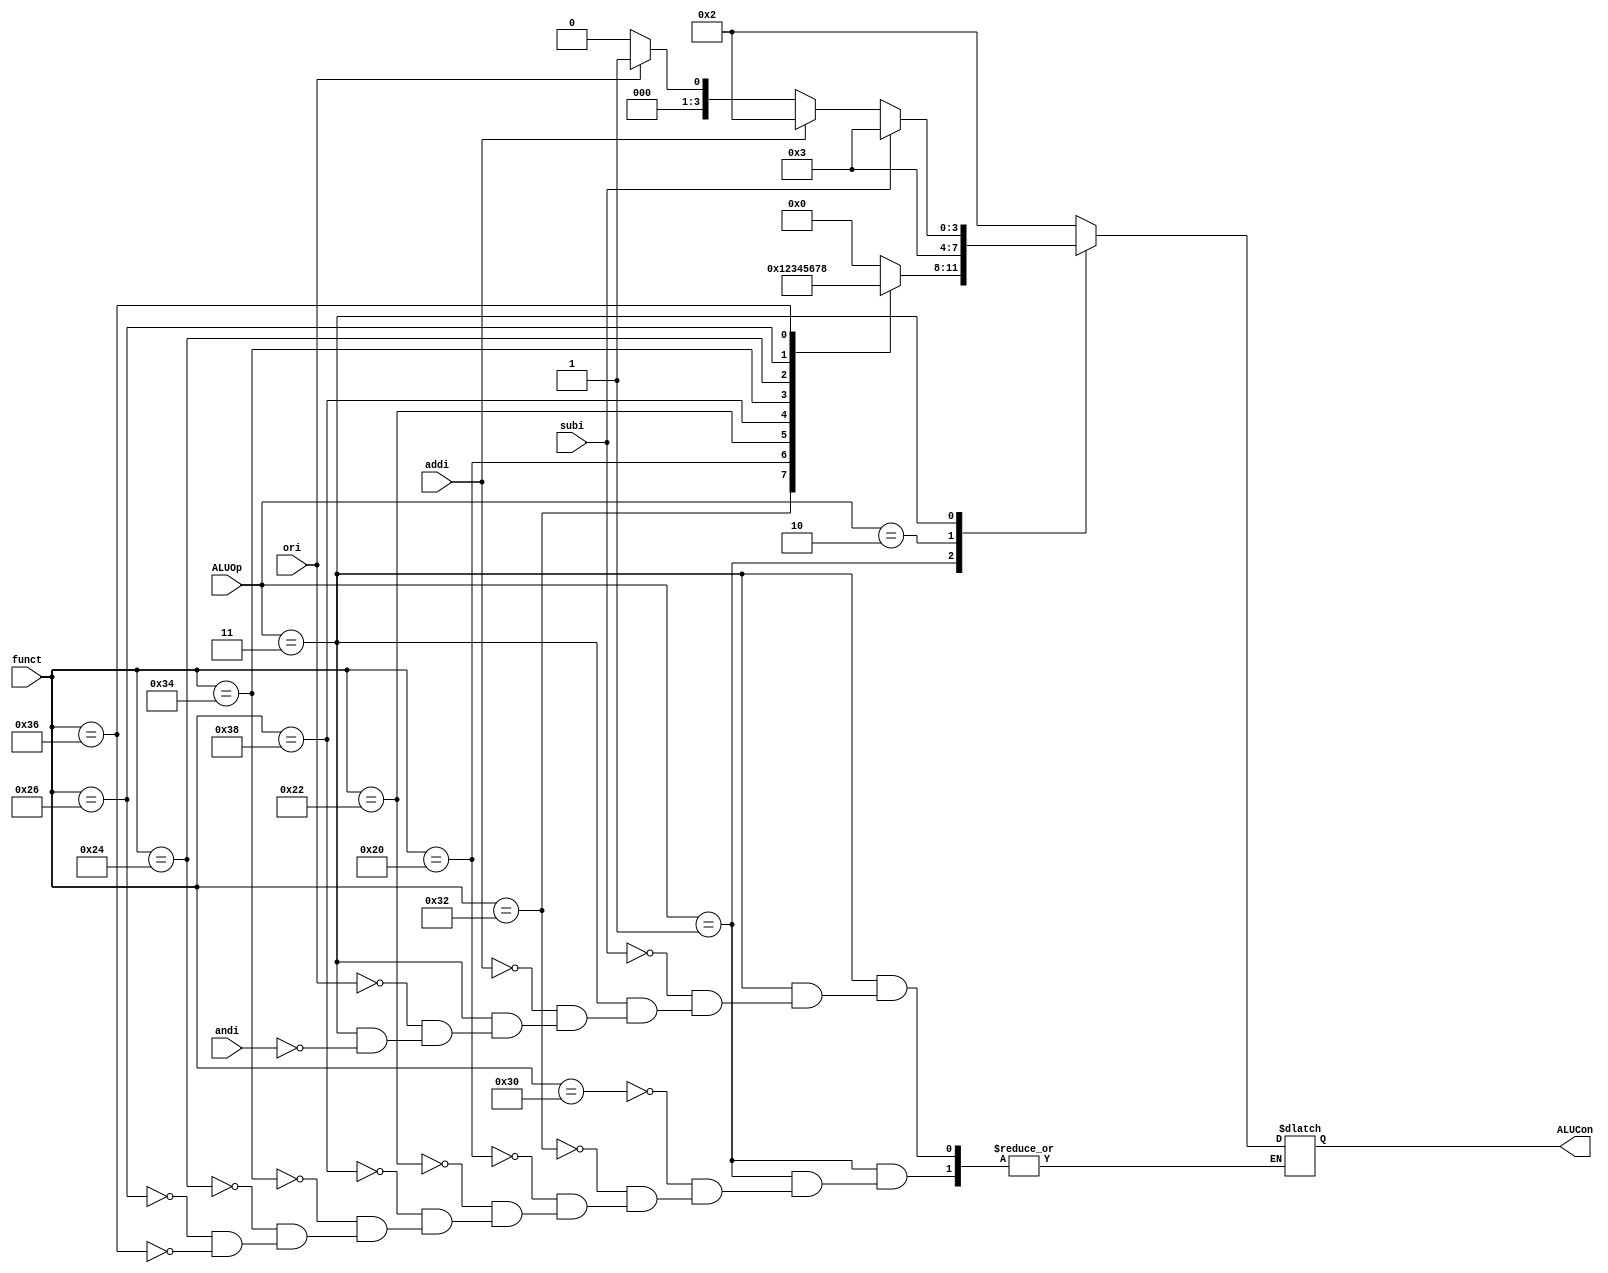
`timescale 1ns / 1ps
//////////////////////////////////////////////////////////////////////////////////
// Company: 
// Engineer: 
// 
// Design Name: 
// Module Name:    ALU_Control_Unit 
// Project Name: 
// Target Devices: 
// Tool versions: 
// Description: 
//
// Dependencies: 
//
// Revision: 
// Revision 0.01 - File Created
// Additional Comments: 
//
//////////////////////////////////////////////////////////////////////////////////
module ALU_Control_Unit(andi,ori,addi,subi,ALUOp,funct,ALUCon); 
    input [1:0] ALUOp; 
    input [5:0] funct; 
    input andi,ori,addi,subi; 
    output [3:0] ALUCon; 
     
    reg [3:0] ALUCon; 
     
    always@(ALUOp or funct or andi or ori or addi or subi) 
    begin 
	 //$display("ALUOp =%h, funct =%h, addi=%b,ori=%b,subi=%b,andi=%b",ALUOp,funct,addi,ori,subi,andi);
		//$display("ALUOp =%h",ALUOp);
	  case(ALUOp) 
        2'b00://lds or sts or in or out
           ALUCon = 4'b0010; //same as add
                
        2'b01://R-type 
        begin		  
			   case(funct)
				6'b110000: 
              ALUCon = 4'b0000;//and -> 30
				  
            6'b110010:
              ALUCon = 4'b0001;//or -> 32
				  
            6'b100000: 
              ALUCon = 4'b0010;//add -> 20
				  
            6'b100010: 
              ALUCon = 4'b0011;//sub -> 22
				  
			   6'b111000:
              ALUCon = 4'b0100;//nor -> 38  				  
				  
			   6'b110100:
              ALUCon = 4'b0101;//Exor -> 34
				  
			   6'b100100: 
              ALUCon = 4'b0110;//inc -> 24
				  
			   6'b100110: 
              ALUCon = 4'b0111;//dec -> 26 
				  
			   6'b110110: 
              ALUCon = 4'b1000;//not -> 36		  
             endcase             
        end 
		
		2'b10://breq or brne
      ALUCon = 4'b0011; //same as sub
		
      2'b11://immediate 
      begin 
          if(andi) 
             ALUCon = 4'b0000;//andi         
          if(ori)  
             ALUCon = 4'b0001;//ori  
          if(addi) 
             ALUCon = 4'b0010;//addi          		
			 if(subi) 
             ALUCon = 4'b0011;//subi 
		end
		
 endcase 
 
 end          
     
endmodule